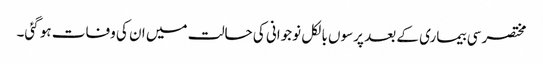
مختصر سی بیماری کے بعد پرسوں بالکل نوجوانی کی حالت میں ان کی وفات ہو گئی۔